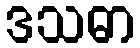
ဒသဓာ